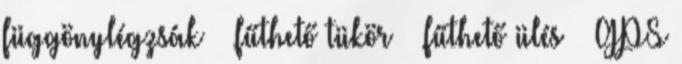
függönylégzsák – fűthető tükör – fűthető ülés – GPS